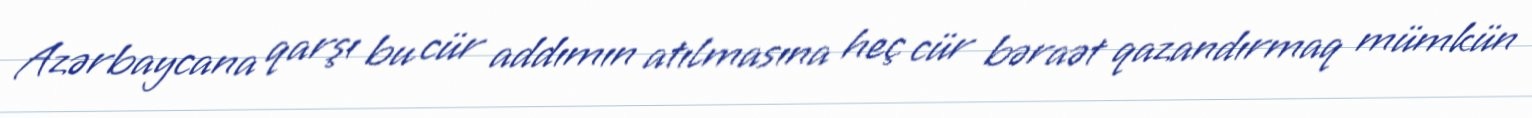
Azərbaycana qarşı bu cür addımın atılmasına heç cür bəraət qazandırmaq mümkün